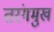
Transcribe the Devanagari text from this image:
तरंगमुख